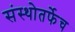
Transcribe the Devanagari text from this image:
संस्थोतर्फेच